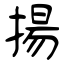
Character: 揚